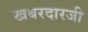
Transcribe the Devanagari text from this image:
खबरदारजी